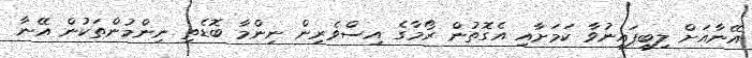
އޭނާއަށް ލިބިފައިނުވާ ކަމަށާއި އެގޮތުން ރޯމާގެ އިސްވެރިން ނިންމާ ބޮޑެތި ނިންމުންތަކުން އޭނާ